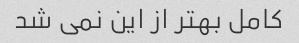
کامل بهتر از این نمی شد